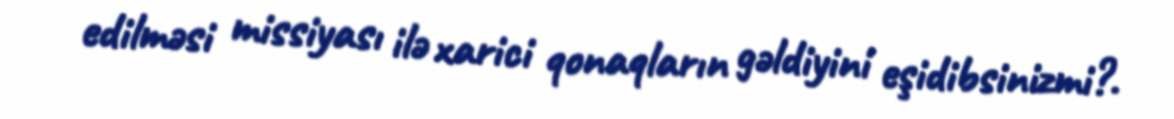
edilməsi missiyası ilə xarici qonaqların gəldiyini eşidibsinizmi?.